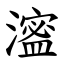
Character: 㵥